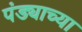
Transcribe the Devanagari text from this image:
पंड्याच्या